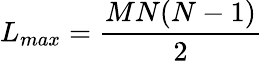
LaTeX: L_{max}=\frac{MN(N-1)}{2}